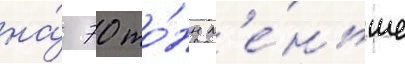
на́ 70 то́нн м'е́ньше